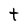
Character: t